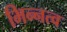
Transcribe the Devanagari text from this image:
भिन्‍नत्व